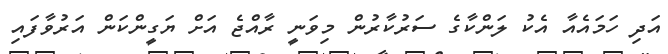
އަދި ހަމައެއާ އެކު ލަންކާގެ ސަރުކާރުން މިވަނީ ރާއްޖެ އަށް ޔަގީންކަން އަރުވާފައި